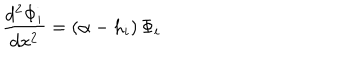
LaTeX: { \frac { d ^ { 2 } \Phi _ { i } } { d x ^ { 2 } } } = ( \alpha - h _ { i } ) \, \Phi _ { i }